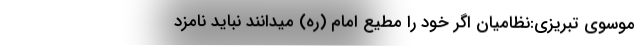
موسوی تبریزی:نظامیان اگر خود را مطیع امام (ره) میدانند نباید نامزد